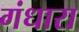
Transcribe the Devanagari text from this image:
गंधारा